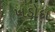
ખડોદા